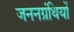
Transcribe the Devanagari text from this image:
जननग्रंथियों